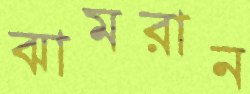
ঝামরান